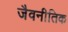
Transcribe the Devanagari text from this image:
जैवनीतिक